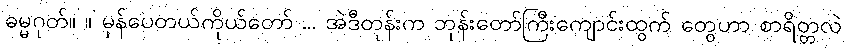
ဓမ္မဂုတ်။ ။ မှန်ပေတယ်ကိုယ်တော် ... အဲဒီတုန်းက ဘုန်းတော်ကြီးကျောင်းထွက် တွေဟာ စာရိတ္တလဲ